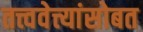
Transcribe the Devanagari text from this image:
तत्त्ववेत्त्यांसोबत